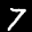
Label: 7